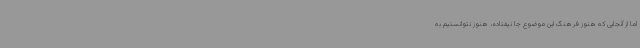
اما از آنجایی که هنوز فرهنگ این موضوع جا نیفتاده، هنوز نتوانستیم به